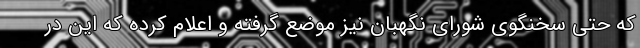
که حتی سخنگوی شورای نگهبان نیز موضع گرفته و اعلام کرده که این در